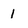
Character: l